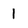
Character: 1